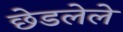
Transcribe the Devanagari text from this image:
छेडलेले